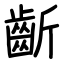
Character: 齗